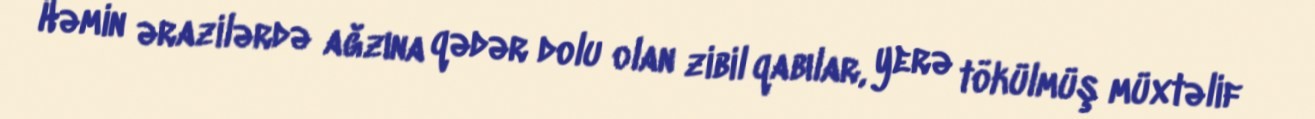
Həmin ərazilərdə ağzına qədər dolu olan zibil qabılar, yerə tökülmüş müxtəlif